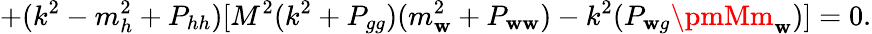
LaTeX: +(k^{2}-m_{h}^{2}+P_{hh})[M^{2}(k^{2}+P_{gg})(m_{\mathbf{w}}^{2}+P_{\mathbf{w}\mathbf{w}})-k^{2}(P_{\mathbf{w}g}\pmMm_{\mathbf{w}})]=0.